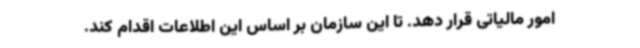
امور مالیاتی قرار دهد. تا این سازمان بر اساس این اطلاعات اقدام کند.